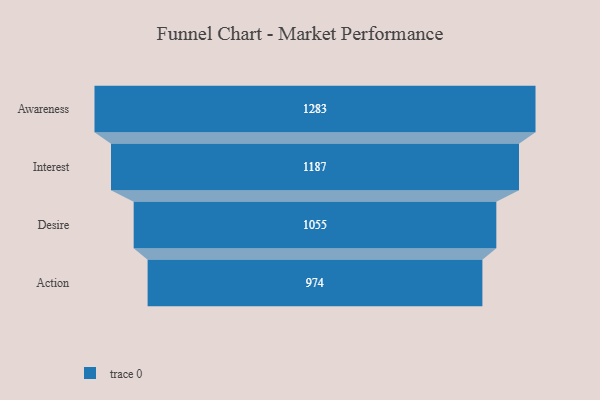
{"axis": {"x": "Stage", "y": "Value"}, "legend": [""], "data": [{"x": "Awareness", "y": 1283.0, "type": ""}, {"x": "Interest", "y": 1187.0, "type": ""}, {"x": "Desire", "y": 1055.0, "type": ""}, {"x": "Action", "y": 974.0, "type": ""}]}